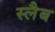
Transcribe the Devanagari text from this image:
स्‍लैब